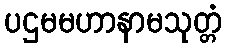
ပဌမမဟာနာမသုတ္တံ